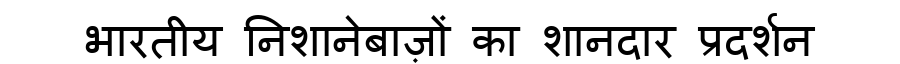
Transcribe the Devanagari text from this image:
भारतीय निशानेबाज़ों का शानदार प्रदर्शन